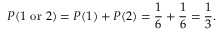
P ( 1 { \mathrm { ~ o r ~ } } 2 ) = P ( 1 ) + P ( 2 ) = { \frac { 1 } { 6 } } + { \frac { 1 } { 6 } } = { \frac { 1 } { 3 } } .